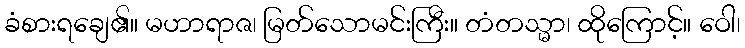
ခံစားရချေ၏။ မဟာရာဇ၊ မြတ်သောမင်းကြီး။ တံတသ္မာ၊ ထိုကြောင့်။ ဝေါ၊